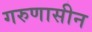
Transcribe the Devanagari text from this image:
गरुणासीन